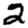
Digit: 2